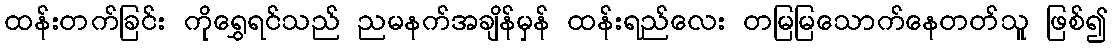
ထန်းတက်ခြင်း ကိုရွှေရင်သည် ညမနက်အချိန်မှန် ထန်းရည်လေး တမြမြသောက်နေတတ်သူ ဖြစ်၍